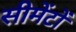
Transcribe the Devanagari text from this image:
सीमेंटों